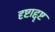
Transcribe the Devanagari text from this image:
दृष्टाद्दृष्ट